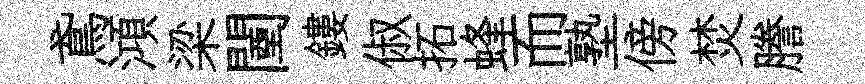
鳶澒梁闉鏤俶拓蜂而塾傍焚謄